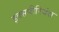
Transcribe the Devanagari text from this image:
इक्सपीरियंस